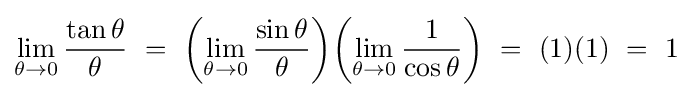
\lim _{\theta \to 0}{\frac {\tan \theta }{\theta }}\ =\ \left(\lim _{\theta \to 0}{\frac {\sin \theta }{\theta }}\right)\!\left(\lim _{\theta \to 0}{\frac {1}{\cos \theta }}\right)\ =\ (1)(1)\ =\ 1